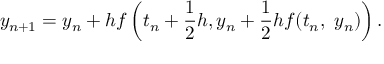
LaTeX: y _ { n + 1 } = y _ { n } + h f \left( t _ { n } + { \frac { 1 } { 2 } } h , y _ { n } + { \frac { 1 } { 2 } } h f ( t _ { n } , \ y _ { n } ) \right) .